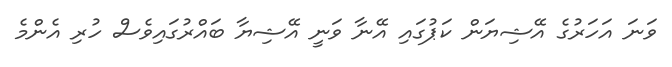
ވަނަ އަހަރުގެ އޭޝިޔަން ކަޕުގައި އޭނާ ވަނީ އޭޝިޔާ ބައްރުގައިވެސް ހުރި އެންމެ